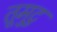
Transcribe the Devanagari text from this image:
तूमुटु